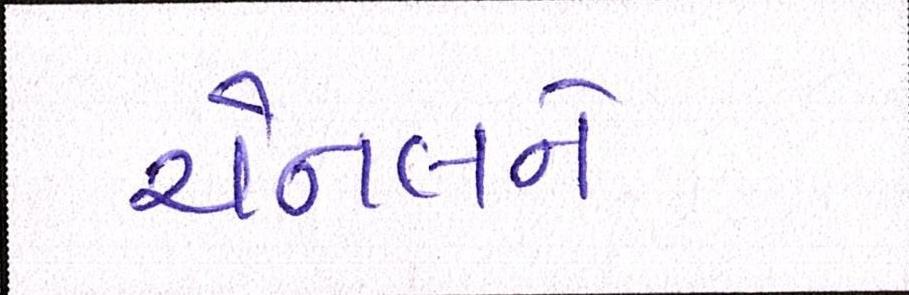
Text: ચેનલને